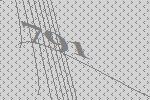
791